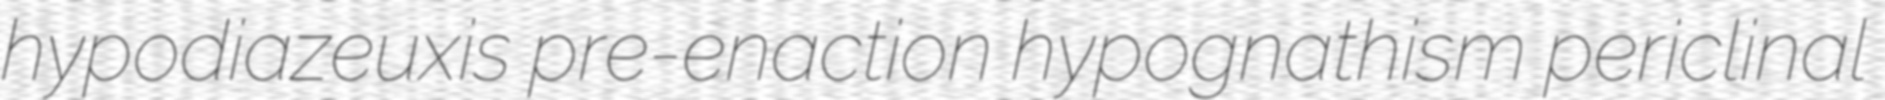
hypodiazeuxis pre-enaction hypognathism periclinal